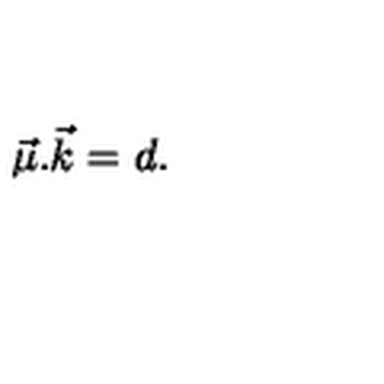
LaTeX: { \vec { \mu } } . { \vec { k } } = d .